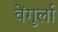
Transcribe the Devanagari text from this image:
वेेंगुर्ला